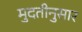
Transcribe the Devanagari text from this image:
मुदतीनुसार